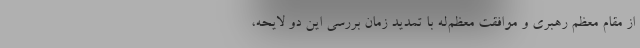
از مقام معظم رهبری و موافقت معظم‌له با تمدید زمان بررسی این دو لایحه،